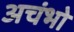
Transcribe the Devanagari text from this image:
अचंभो